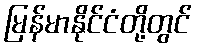
မြန်မာနိုင်ငံတို့တွင်